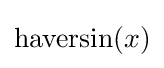
\operatorname {haversin} (x)